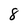
Character: 8